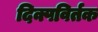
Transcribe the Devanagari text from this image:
दिक्पविर्तक